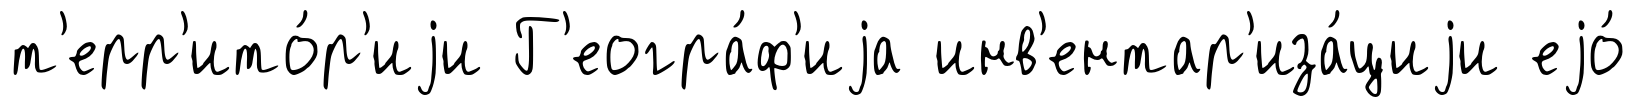
т'ерр'ито́р'иjи Г'еогра́ф'иjа инв'ентар'иза́циjи еjо́